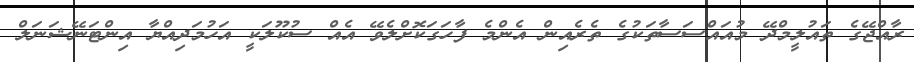
ރާއްޖޭގެ ތައުލީމްދޭ މުއައްސަސާތަކުގެ ތެރެއިން އެންމެ ފާހަގަކޮށްލެވޭ އެއް ސުކޫލަކީ އަހުމަދިއްޔާ އިންޓަނޭޝަނަލް